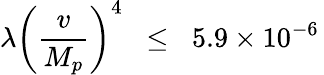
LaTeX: \lambda\biggl(\frac{v}{M_{p}}\biggr)^{4}\; \; \leq\; \; 5.9\times 10^{-6}\,